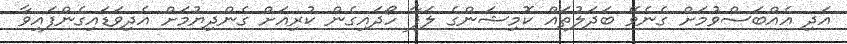
އަދި އެއްބަސްވުމަށް ގެނެވޭ ބަދަލުތައް ކޮމިޝަންގެ ލަފާ ހޯދައިގެން ކުރިއަށް ގެންދިޔުމަށް އެދިވަޑައިގެންފައިވާ